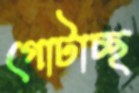
গোটাচ্ছ